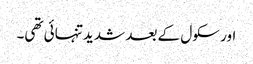
اور سکول کے بعد شدید تنہائی تھی۔